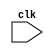
`timescale 1ns/1ps

module clock_gen(
    input clk
);

`ifdef COCOTB_SIM
    initial begin
        $dumpfile("./sim_build/waveform.vcd");
        $dumpvars (0, clock_gen);
    end
`endif

endmodule